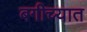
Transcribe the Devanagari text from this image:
बगीच्यात